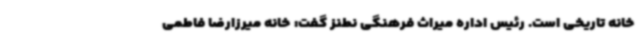
خانه تاریخی است. رئیس اداره میراث فرهنگی نطنز گفت: خانه میرزارضا فاطمی